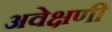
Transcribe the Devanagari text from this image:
अवेक्षणी